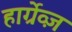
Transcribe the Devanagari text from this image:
हार्ग्रेव्ज़